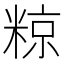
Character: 𮇪